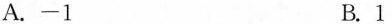
A.-1 B.1